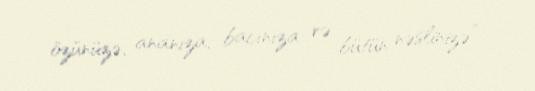
özünüzə, ananıza, bacınıza və bütün nəslinizə”.